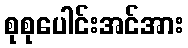
စုစုပေါင်းအင်အား